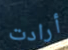
أرادت